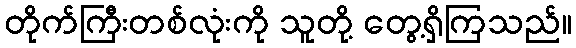
တိုက်ကြီးတစ်လုံးကို သူတို့ တွေ့ရှိကြသည်။